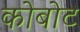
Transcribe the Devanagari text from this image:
कोबोट